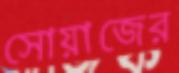
সোয়াজের